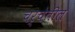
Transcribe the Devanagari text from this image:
चर्चेतील